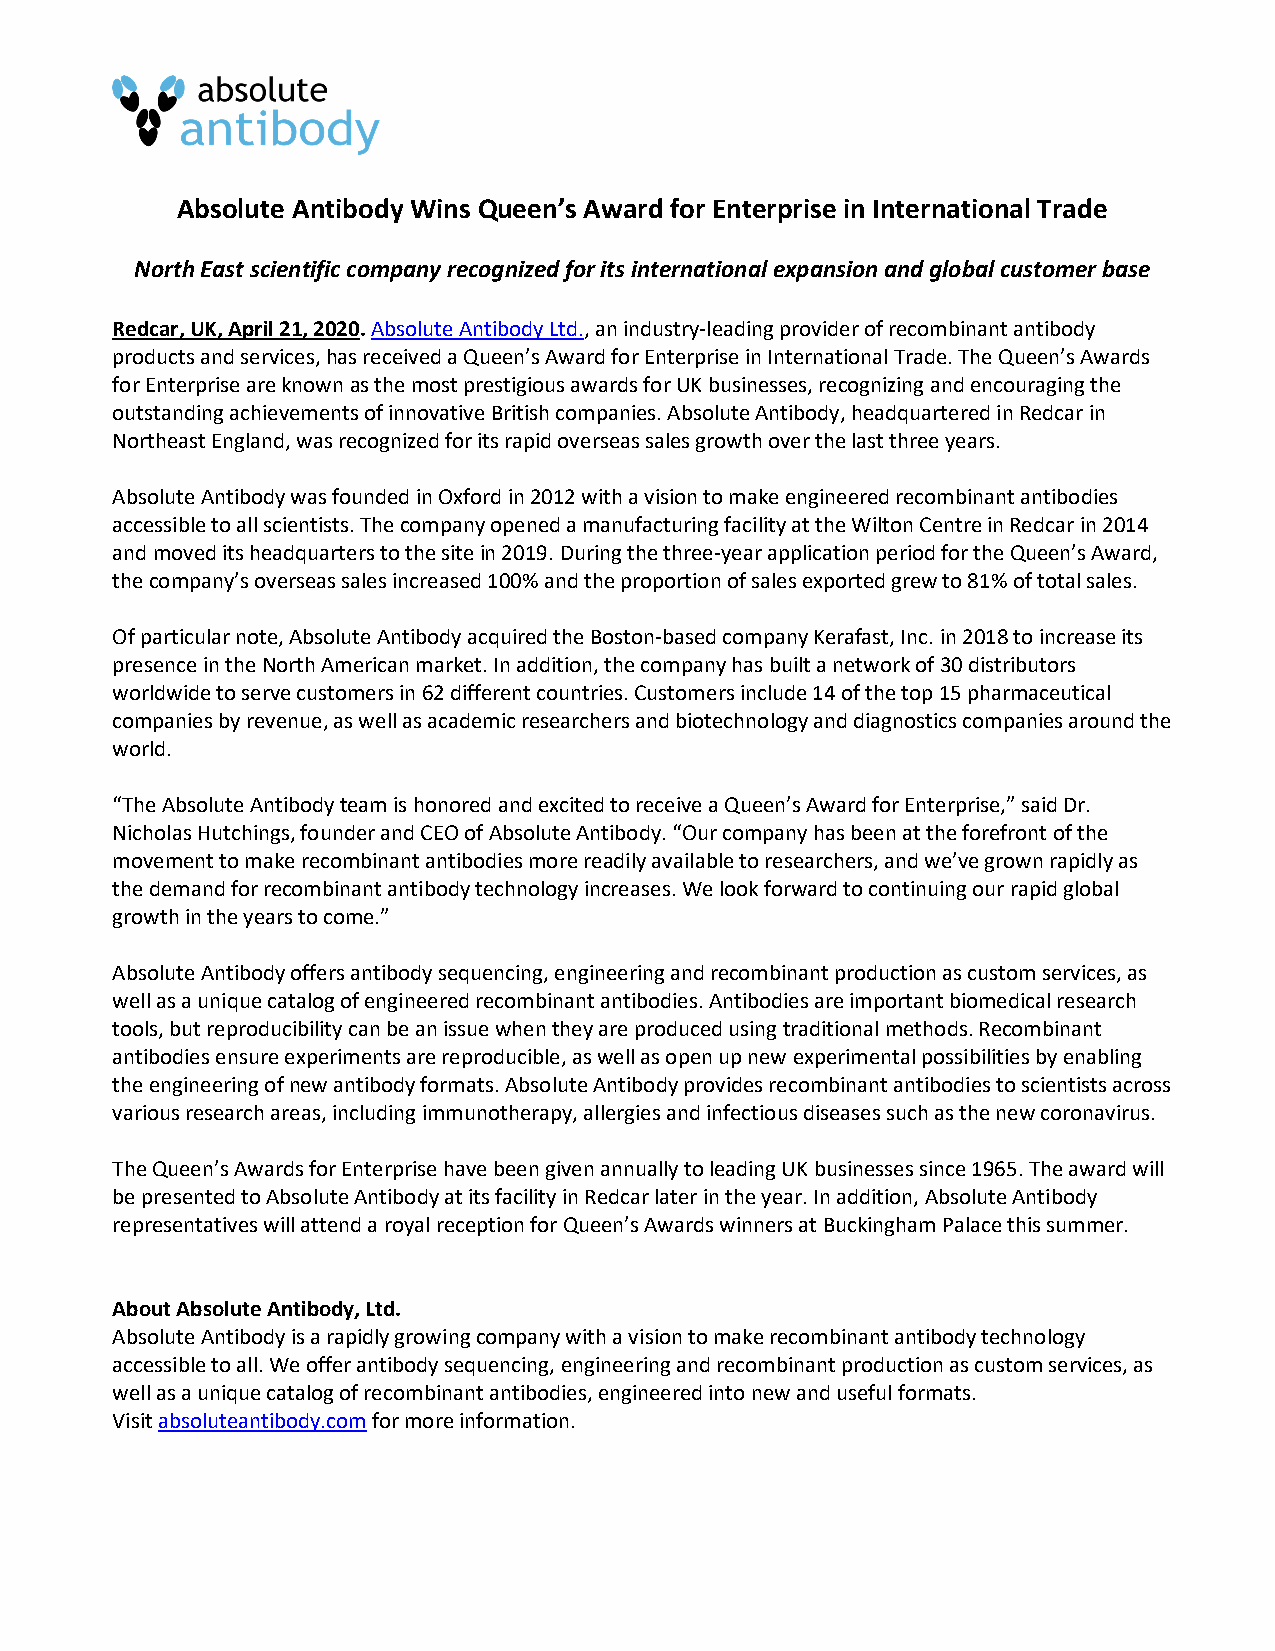
Absolute Antibody Wins Queen’s Award for Enterprise in International Trade
 North East scientific company recognized for its international expansion and global customer base
 Redcar, UK, April 21, 2020. Absolute Antibody Ltd., an industry-leading provider of recombinant antibody
 products and services, has received a Queen’s Award for Enterprise in International Trade. The Queen’s Awards
 for Enterprise are known as the most prestigious awards for UK businesses, recognizing and encouraging the
 outstanding achievements of innovative British companies. Absolute Antibody, headquartered in Redcar in
 Northeast England, was recognized for its rapid overseas sales growth over the last three years.
 Absolute Antibody was founded in Oxford in 2012 with a vision to make engineered recombinant antibodies
 accessible to all scientists. The company opened a manufacturing facility at the Wilton Centre in Redcar in 2014
 and moved its headquarters to the site in 2019. During the three-year application period for the Queen’s Award,
 the company’s overseas sales increased 100% and the proportion of sales exported grew to 81% of total sales.
 Of particular note, Absolute Antibody acquired the Boston-based company Kerafast, Inc. in 2018 to increase its
 presence in the North American market. In addition, the company has built a network of 30 distributors
 worldwide to serve customers in 62 different countries. Customers include 14 of the top 15 pharmaceutical
 companies by revenue, as well as academic researchers and biotechnology and diagnostics companies around the
 world.
 “The Absolute Antibody team is honored and excited to receive a Queen’s Award for Enterprise,” said Dr.
 Nicholas Hutchings, founder and CEO of Absolute Antibody. “Our company has been at the forefront of the
 movement to make recombinant antibodies more readily available to researchers, and we’ve grown rapidly as
 the demand for recombinant antibody technology increases. We look forward to continuing our rapid global
 growth in the years to come.”
 Absolute Antibody offers antibody sequencing, engineering and recombinant production as custom services, as
 well as a unique catalog of engineered recombinant antibodies. Antibodies are important biomedical research
 tools, but reproducibility can be an issue when they are produced using traditional methods. Recombinant
 antibodies ensure experiments are reproducible, as well as open up new experimental possibilities by enabling
 the engineering of new antibody formats. Absolute Antibody provides recombinant antibodies to scientists across
 various research areas, including immunotherapy, allergies and infectious diseases such as the new coronavirus.
 The Queen’s Awards for Enterprise have been given annually to leading UK businesses since 1965. The award will
 be presented to Absolute Antibody at its facility in Redcar later in the year. In addition, Absolute Antibody
 representatives will attend a royal reception for Queen’s Awards winners at Buckingham Palace this summer.
 About Absolute Antibody, Ltd.
 Absolute Antibody is a rapidly growing company with a vision to make recombinant antibody technology
 accessible to all. We offer antibody sequencing, engineering and recombinant production as custom services, as
 well as a unique catalog of recombinant antibodies, engineered into new and useful formats.
 Visit absoluteantibody.com for more information.